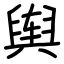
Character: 舆